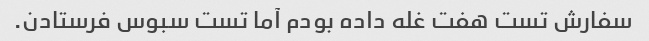
سفارش تست هفت غله داده بودم آما تست سبوس فرستادن.